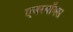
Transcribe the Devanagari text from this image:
एवरबॉक्स